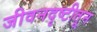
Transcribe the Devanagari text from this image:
जीवनदृष्टीतून